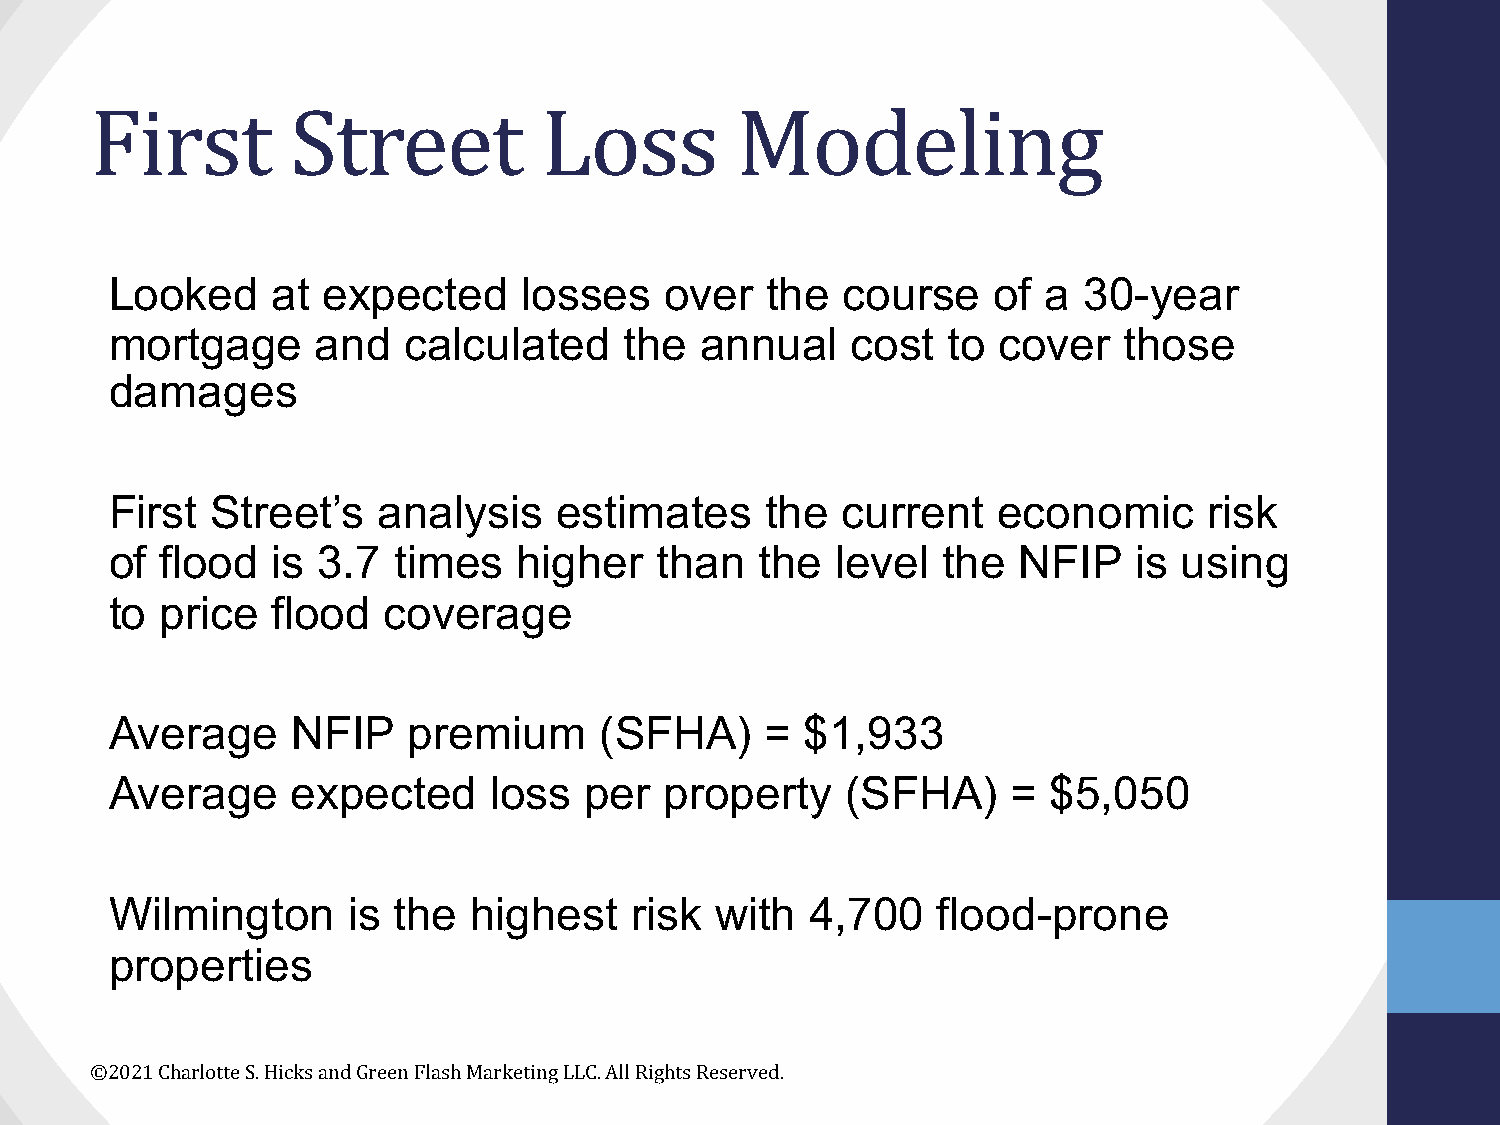
First        Street           Loss         Modeling
 Looked     at expected      losses   over   the  course    of a  30-year
 mortgage      and   calculated    the  annual    cost   to cover   those
 damages
 First  Street’s   analysis    estimates     the  current   economic      risk
 of  flood  is 3.7  times   higher    than  the  level  the  NFIP    is using
 to  price  flood  coverage
 Average     NFIP    premium      (SFHA)     = $1,933
 Average     expected     loss   per  property    (SFHA)     =  $5,050
 Wilmington      is the  highest    risk with   4,700   flood-prone
 properties
 ©2021 Charlotte S. Hicks and Green Flash Marketing LLC. All Rights Reserved.